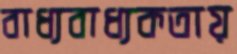
বাধ্যবাধ্যকতায়